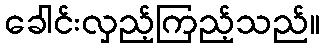
ခေါင်းလှည့်ကြည့်သည်။